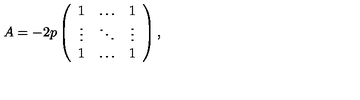
A = - 2 p \left( \begin{array} { c c c } { 1 } & { \ldots } & { 1 } \\ { \vdots } & { \ddots } & { \vdots } \\ { 1 } & { \ldots } & { 1 } \\ \end{array} \right) ,